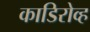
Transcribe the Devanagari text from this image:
काडिरोव्ह